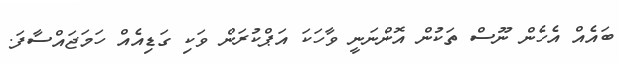
ބައެއް އެހެން ނޫސް ތަކުން އޮންނަނީ ވާހަކަ އަޕްކުރަން ވަކި ގަޑިއެއް ހަމަޖައްސާފަ.